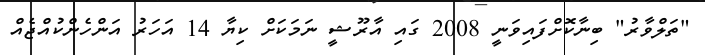
"ތަލްވާރު" ބިނާކޮށްފައިވަނީ 2008 ގައި އާރޫޝީ ނަމަކަށް ކިޔާ 14 އަހަރު އަންހެންކުއްޖެއް